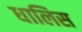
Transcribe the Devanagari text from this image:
धालिस